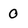
Character: 0